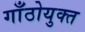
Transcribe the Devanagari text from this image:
गाँठोयुक्त